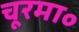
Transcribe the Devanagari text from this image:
चूरमा॰